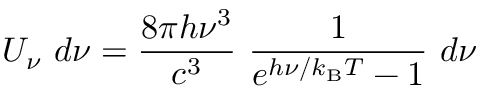
U _ { \nu } ~ d \nu = { \frac { 8 \pi h \nu ^ { 3 } } { c ^ { 3 } } } ~ { \frac { 1 } { e ^ { h \nu / k _ { \mathrm { { B } } } T } - 1 } } ~ d \nu